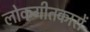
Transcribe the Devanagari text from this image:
लोकगीतकारों